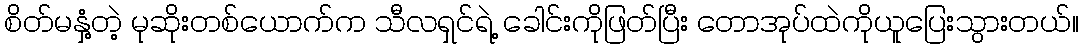
စိတ်မနှံ့တဲ့ မုဆိုးတစ်ယောက်က သီလရှင်ရဲ့ ခေါင်းကိုဖြတ်ပြီး တောအုပ်ထဲကိုယူပြေးသွားတယ်။